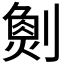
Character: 𠟮